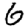
Digit: 6